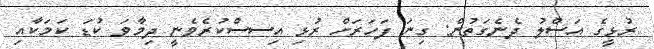
ރުޅީގެ އަސްލު ދެނެގަތުން: ގިނަ ފަހަރަށް ރުޅި އިސސްކުރެވެނީ ދިމާވަ ކުޑަ ކަމަކާއި